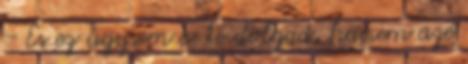
- És ez úgysem a te dolgod, hanem azé